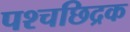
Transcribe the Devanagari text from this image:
पश्चछिद्रक